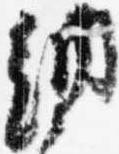
納